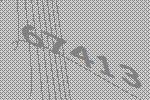
67413